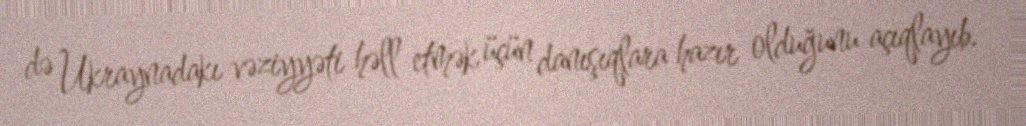
də Ukraynadakı vəziyyəti həll etmək üçün danışıqlara hazır olduğunu açıqlayıb.